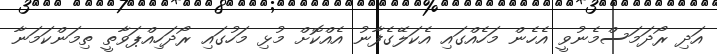
އަދި ރޯދަމަސްމެނުވީ އެހެން މަހެއްގައި އެކަލޭގެފާނު އެއްކޮށް މުޅި މަހުގައި ރޯދަހިއްޕަވާތީ ތިމަންކަމަނާ